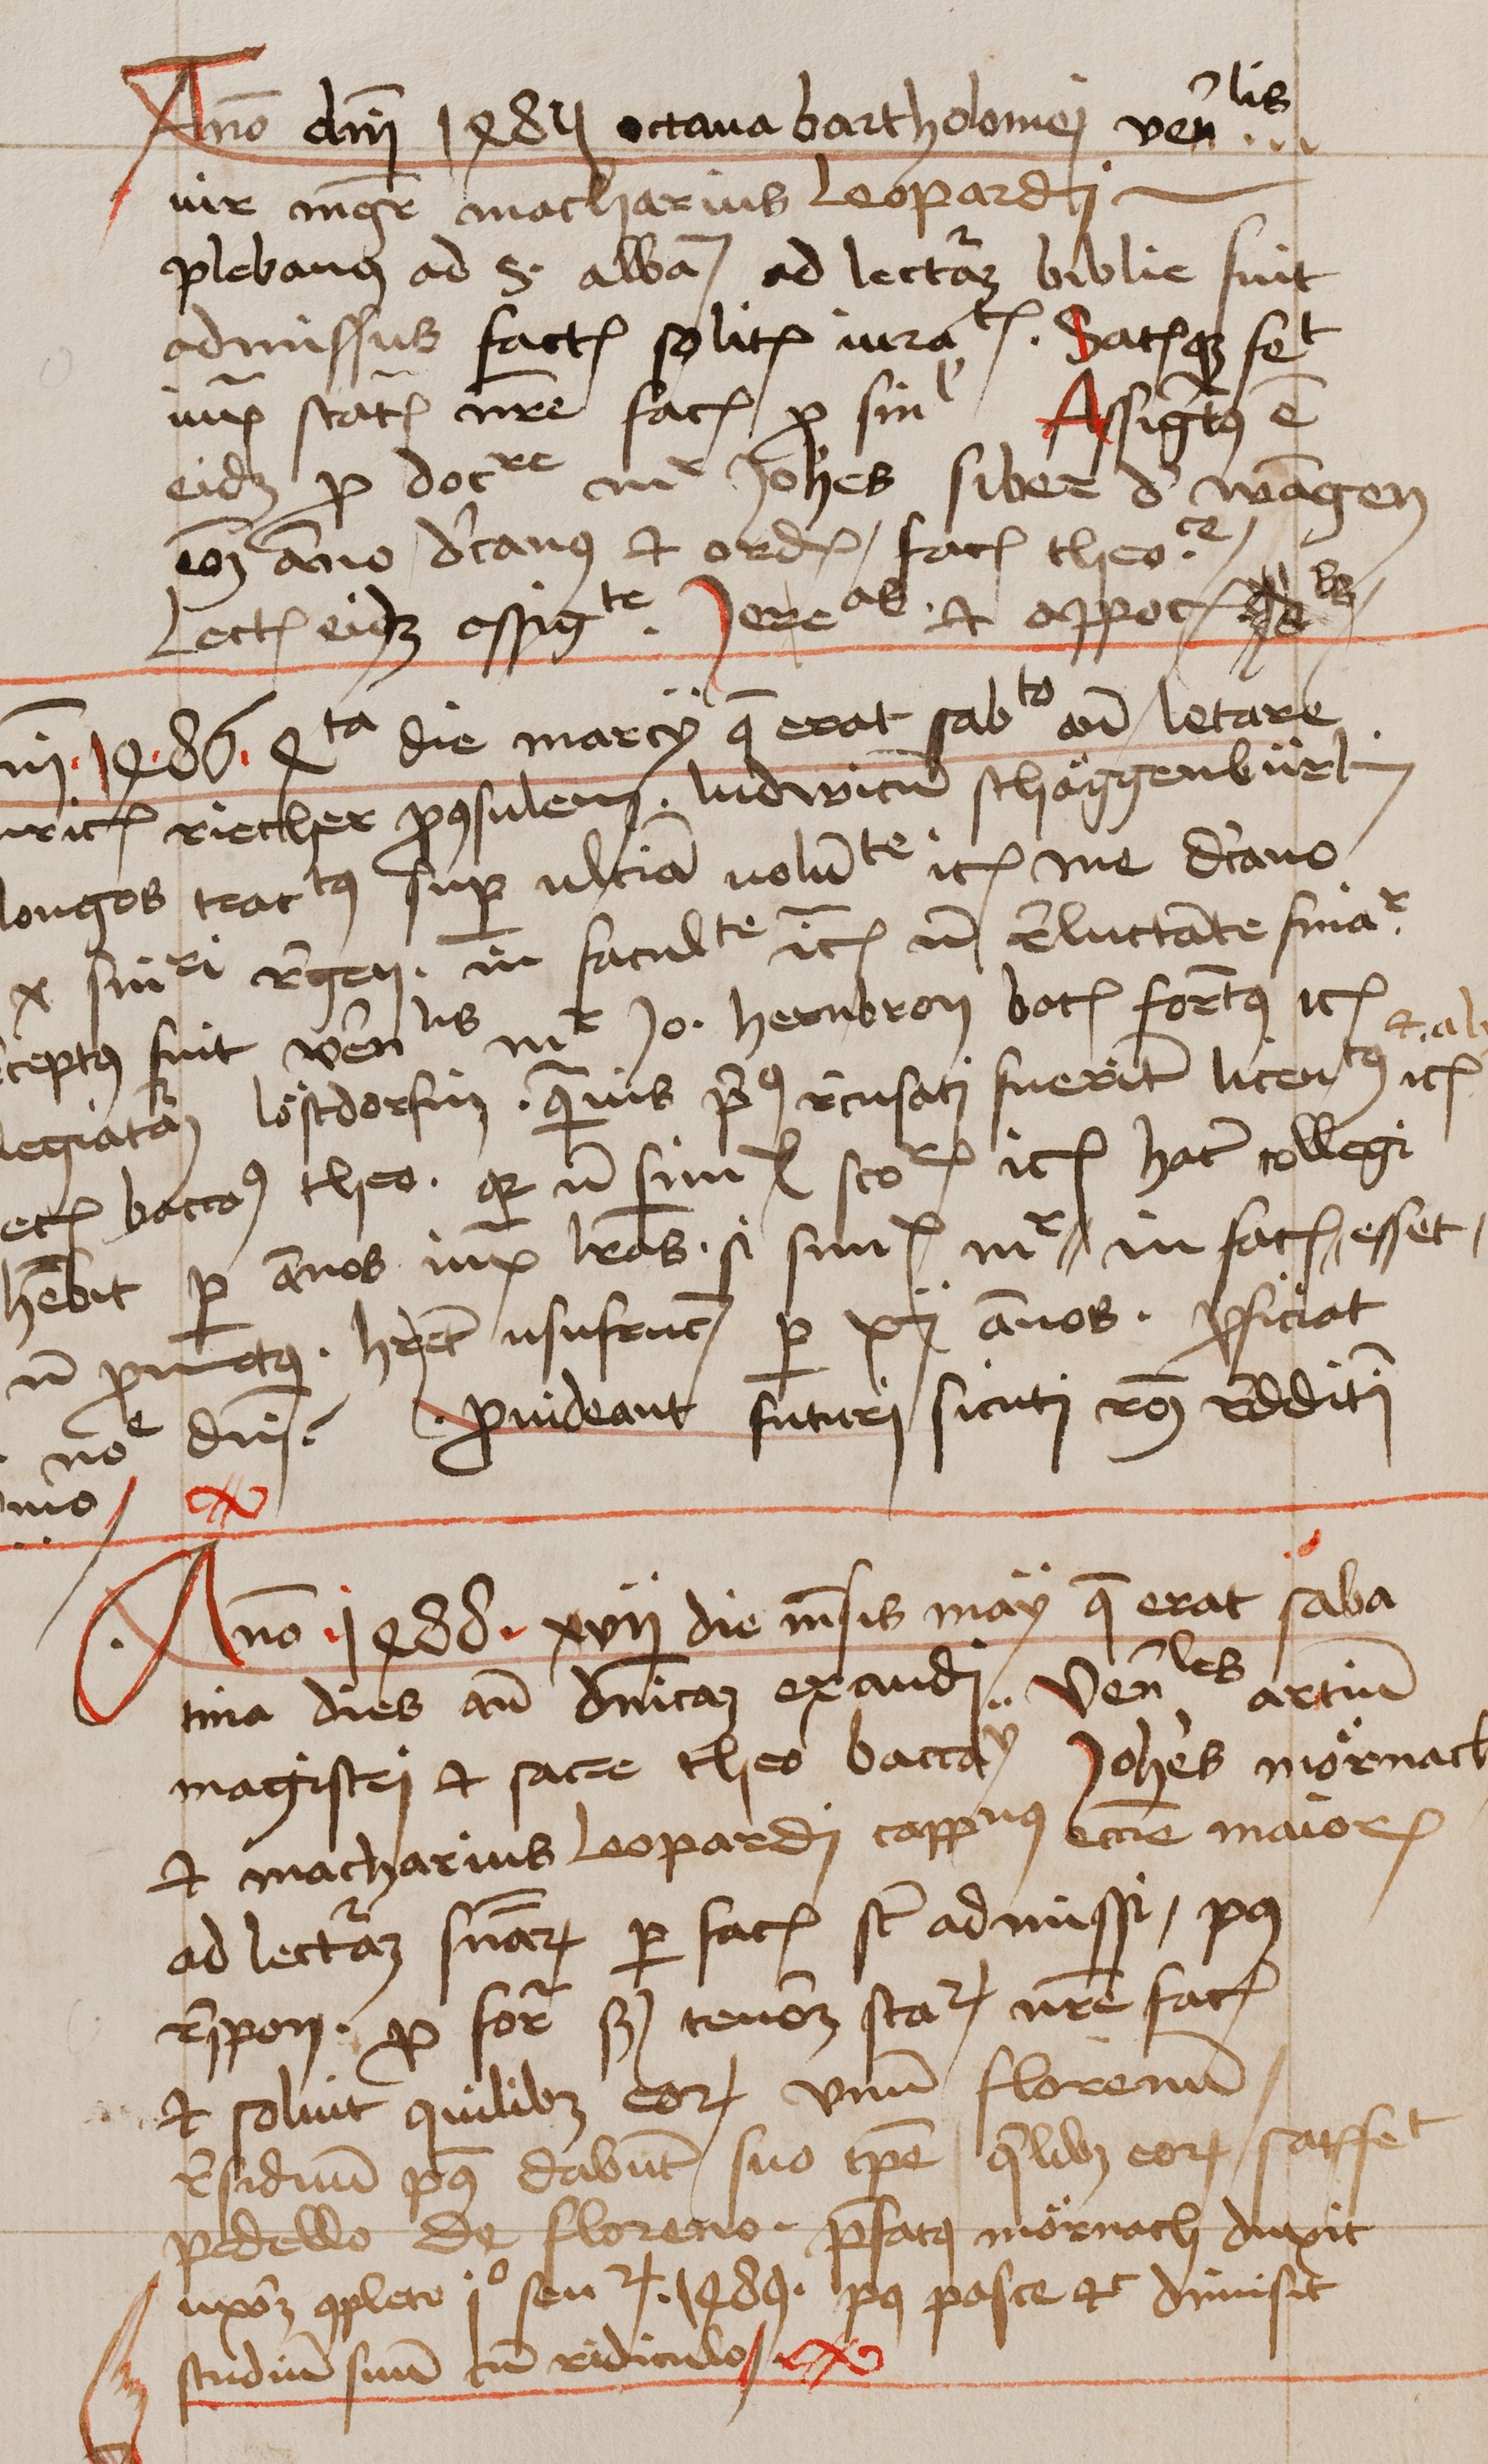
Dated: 1462–1740